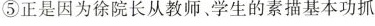
⑤正是因为徐院长从教师、学生的素描基本功抓起，